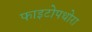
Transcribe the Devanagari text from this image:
फाइटोपथोरा